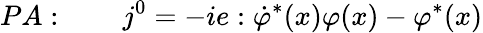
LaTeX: PA:\qquad j^{0}=-ie:\dot{\varphi}^{\ast}(x)\varphi(x)-\varphi^{\ast}(x)